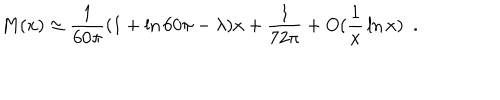
LaTeX: M ( x ) \simeq { \frac { 1 } { 6 0 \pi } } ( 1 + \ln 6 0 \pi - \lambda ) x + { \frac { 1 } { 7 2 \pi } } + O ( { \frac { 1 } { x } } \ln x ) ~ ~ .